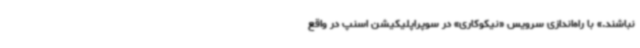
نباشند.» با راه‌اندازی سرویس «نیکوکاری» در سوپراپلیکیشن اسنپ در واقع